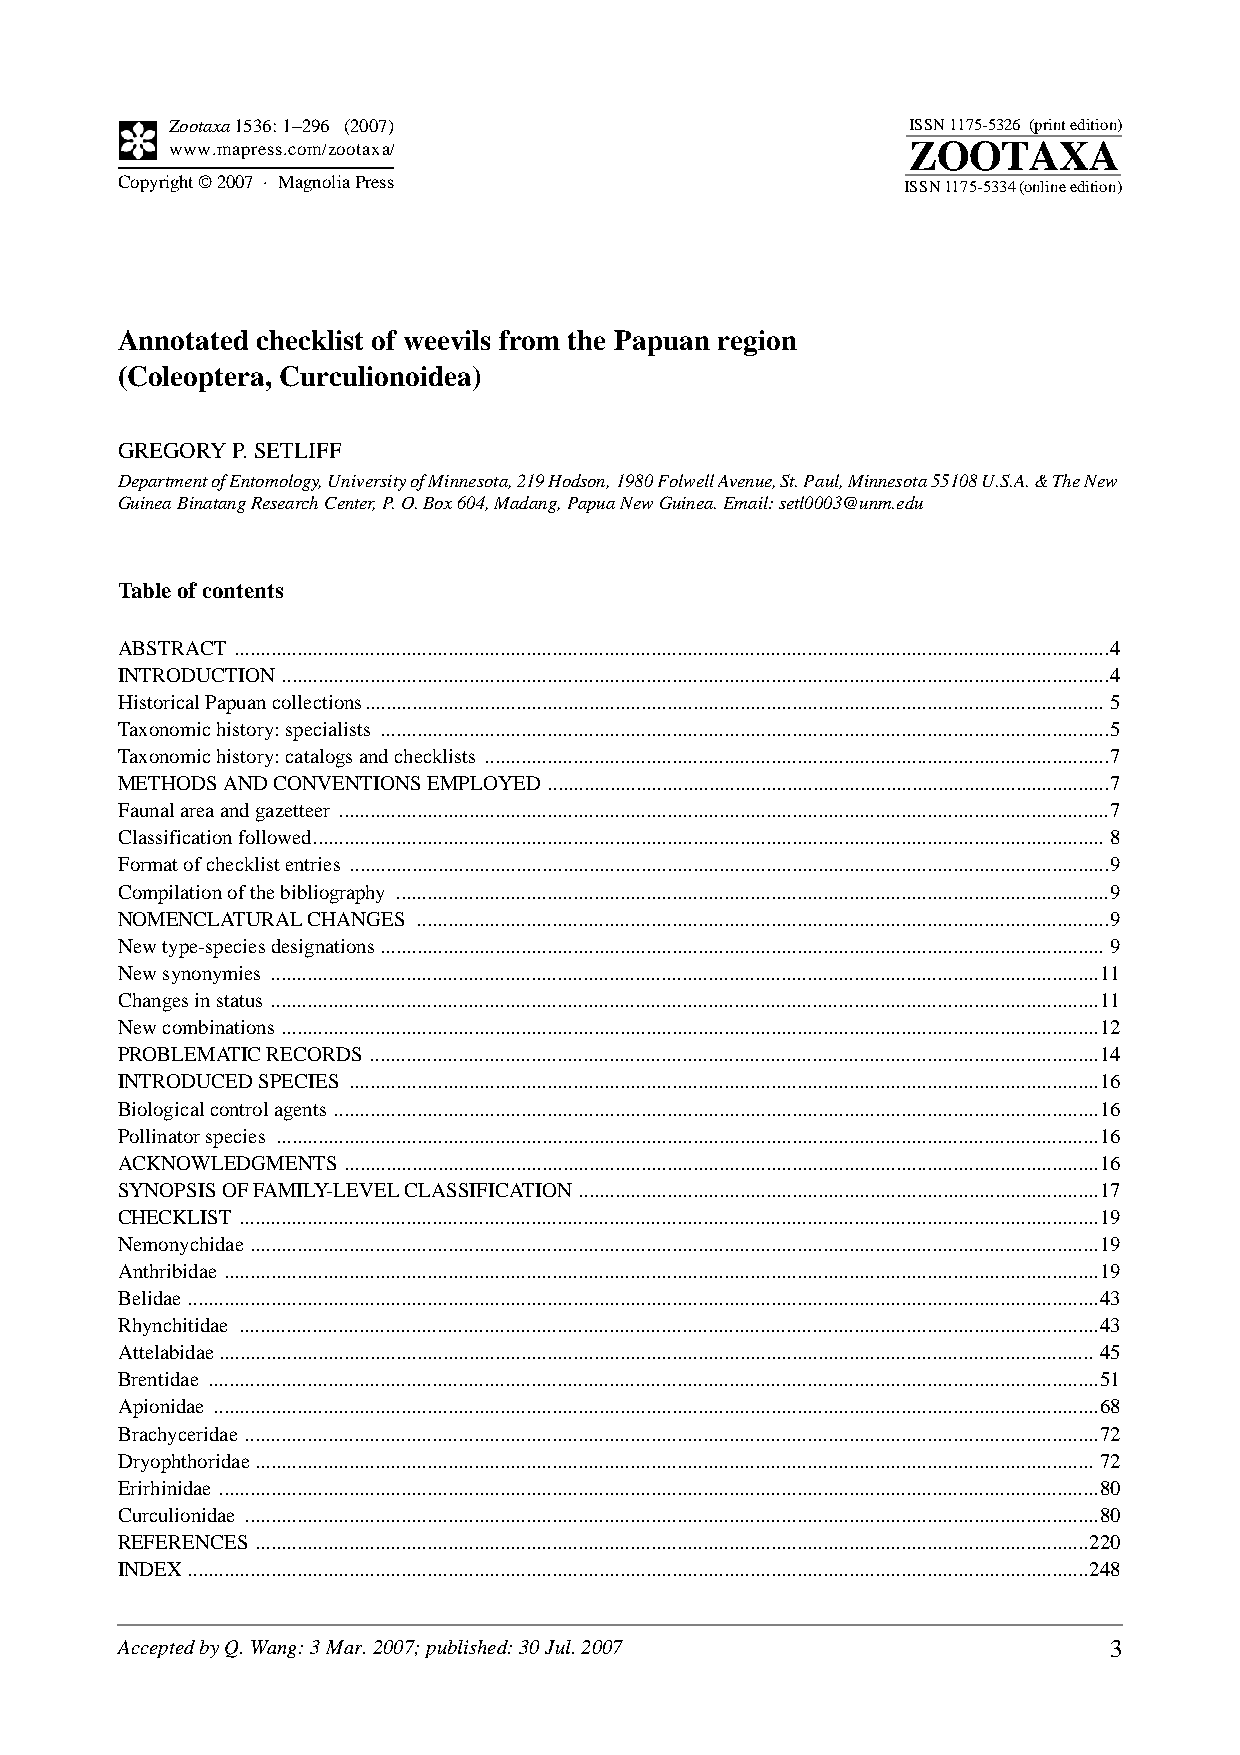
Zootaxa 1536: 1–296 (2007)                       ISSN 1175-5326 (print edition)
 www.mapress.com/zootaxa/                         ZOOTAXA
 Copyright © 2007 · Magnolia Press                   ISSN 1175-5334 (online edition)
 Annotated checklist of weevils from the Papuan region
 (Coleoptera, Curculionoidea)
 GREGORY P. SETLIFF
 Department of Entomology, University of Minnesota, 219 Hodson, 1980 Folwell Avenue, St. Paul, Minnesota 55108 U.S.A. & The New
 Guinea Binatang Research Center, P. O. Box 604, Madang, Papua New Guinea. Email: setl0003@unm.edu
 Table of contents
 ABSTRACT ........................................................................................................................................................................4
 INTRODUCTION ...............................................................................................................................................................4
 Historical Papuan collections.............................................................................................................................................. 5
 Taxonomic history: specialists ............................................................................................................................................5
 Taxonomic history: catalogs and checklists ........................................................................................................................7
 METHODS AND CONVENTIONS EMPLOYED ............................................................................................................7
 Faunal area and gazetteer ....................................................................................................................................................7
 Classification followed........................................................................................................................................................ 8
 Format of checklist entries ..................................................................................................................................................9
 Compilation of the bibliography .........................................................................................................................................9
 NOMENCLATURAL CHANGES .....................................................................................................................................9
 New type-species designations........................................................................................................................................... 9
 New synonymies ...............................................................................................................................................................11
 Changes in status ...............................................................................................................................................................11
 New combinations .............................................................................................................................................................12
 PROBLEMATIC RECORDS ............................................................................................................................................14
 INTRODUCED SPECIES ................................................................................................................................................16
 Biological control agents ...................................................................................................................................................16
 Pollinator species ..............................................................................................................................................................16
 ACKNOWLEDGMENTS .................................................................................................................................................16
 SYNOPSIS OF FAMILY-LEVEL CLASSIFICATION ....................................................................................................17
 CHECKLIST .....................................................................................................................................................................19
 Nemonychidae ...................................................................................................................................................................19
 Anthribidae ........................................................................................................................................................................19
 Belidae ...............................................................................................................................................................................43
 Rhynchitidae .....................................................................................................................................................................43
 Attelabidae........................................................................................................................................................................ 45
 Brentidae ...........................................................................................................................................................................51
 Apionidae ..........................................................................................................................................................................68
 Brachyceridae ....................................................................................................................................................................72
 Dryophthoridae................................................................................................................................................................. 72
 Erirhinidae .........................................................................................................................................................................80
 Curculionidae ....................................................................................................................................................................80
 REFERENCES ................................................................................................................................................................220
 INDEX.............................................................................................................................................................................248
 Accepted by Q. Wang: 3 Mar. 2007; published: 30 Jul. 2007        3